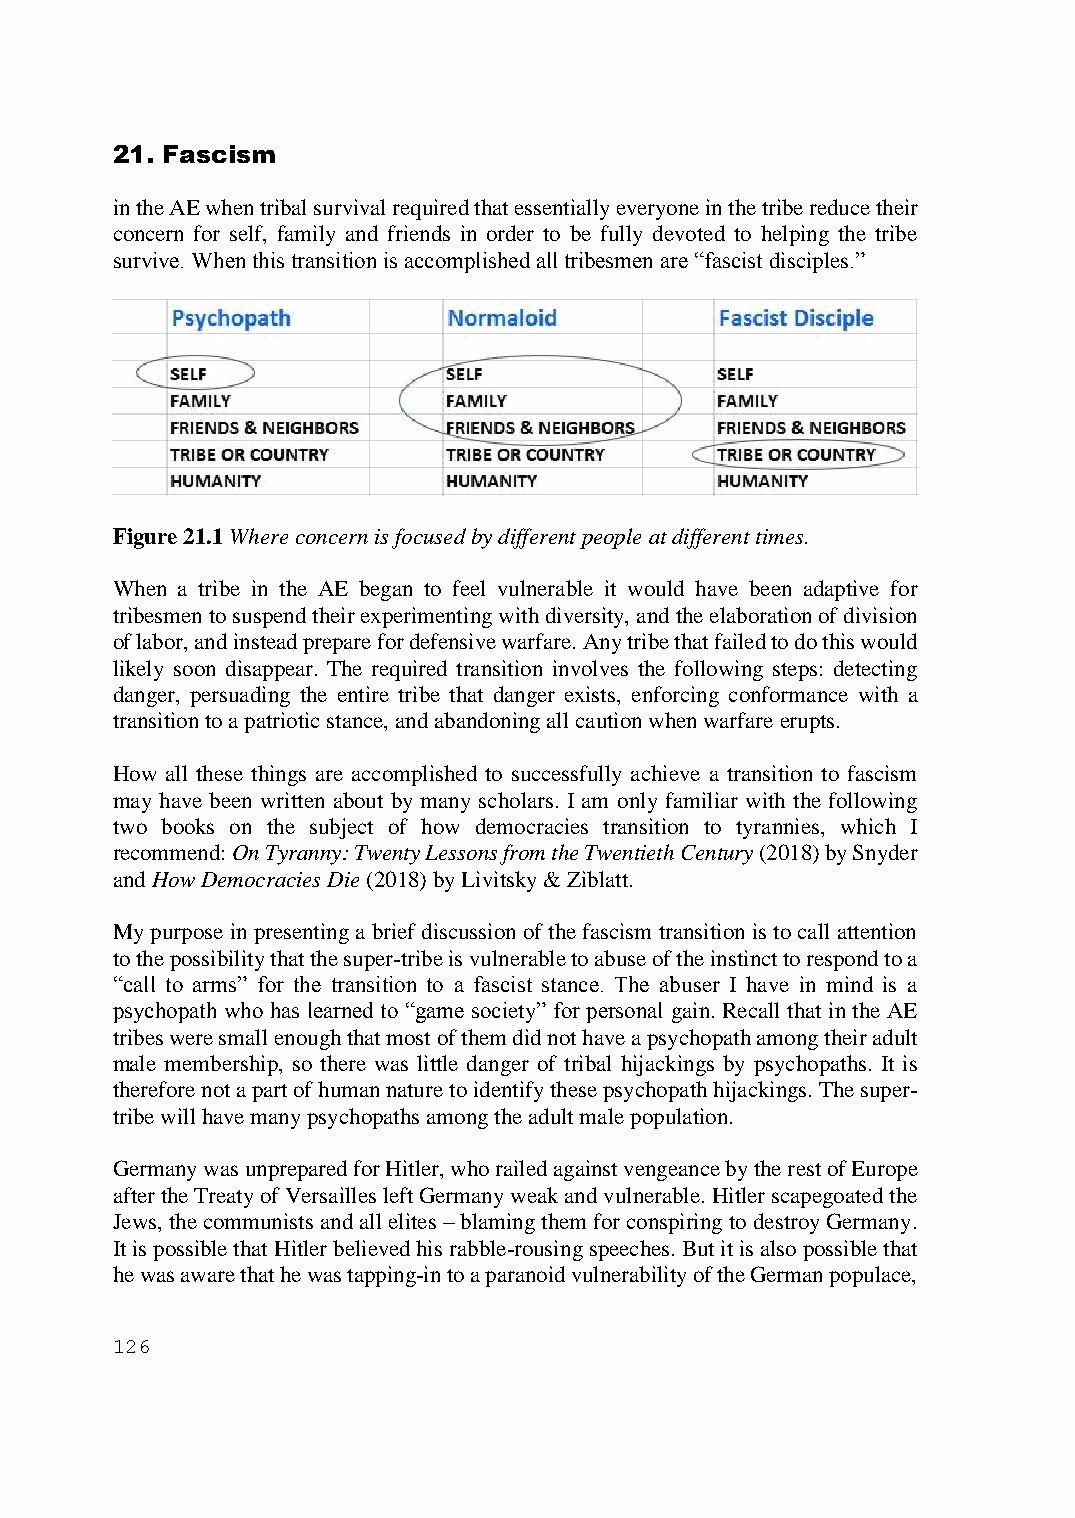
21. Fascism
 in the AE when tribal survival required that essentially everyone in the tribe reduce their
 concern for self, family and friends in order to be fully devoted to helping the tribe
 survive. When this transition is accomplished all tribesmen are “fascist disciples.”
 Figure 21.1 Where concern is focused by different people at different times.
 When a tribe in the AE began to feel vulnerable it would have been adaptive for
 tribesmen to suspend their experimenting with diversity, and the elaboration of division
 of labor, and instead prepare for defensive warfare. Any tribe that failed to do this would
 likely soon disappear. The required transition involves the following steps: detecting
 danger, persuading the entire tribe that danger exists, enforcing conformance with a
 transition to a patriotic stance, and abandoning all caution when warfare erupts.
 How all these things are accomplished to successfully achieve a transition to fascism
 may have been written about by many scholars. I am only familiar with the following
 two books on the subject of how democracies transition to tyrannies, which I
 recommend: On Tyranny: Twenty Lessons from the Twentieth Century (2018) by Snyder
 and How Democracies Die (2018) by Livitsky & Ziblatt.
 My purpose in presenting a brief discussion of the fascism transition is to call attention
 to the possibility that the super-tribe is vulnerable to abuse of the instinct to respond to a
 “call to arms” for the transition to a fascist stance. The abuser I have in mind is a
 psychopath who has learned to “game society” for personal gain. Recall that in the AE
 tribes were small enough that most of them did not have a psychopath among their adult
 male membership, so there was little danger of tribal hijackings by psychopaths. It is
 therefore not a part of human nature to identify these psychopath hijackings. The super-
 tribe will have many psychopaths among the adult male population.
 Germany was unprepared for Hitler, who railed against vengeance by the rest of Europe
 after the Treaty of Versailles left Germany weak and vulnerable. Hitler scapegoated the
 Jews, the communists and all elites – blaming them for conspiring to destroy Germany.
 It is possible that Hitler believed his rabble-rousing speeches. But it is also possible that
 he was aware that he was tapping-in to a paranoid vulnerability of the German populace,
 126